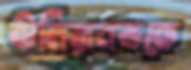
উলিয়ানভকে